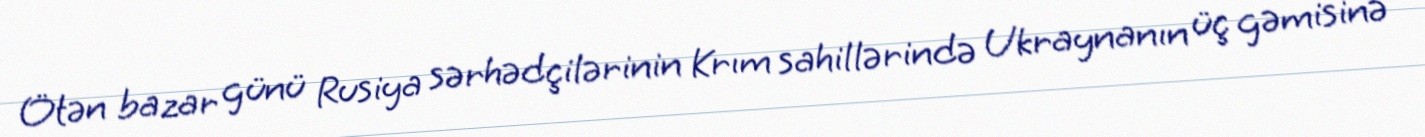
Ötən bazar günü Rusiya sərhədçilərinin Krım sahillərində Ukraynanın üç gəmisinə